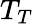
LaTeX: T_{T}